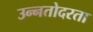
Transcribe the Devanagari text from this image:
उन्नतोदरता